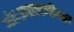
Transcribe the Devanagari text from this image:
अंतःप्रचालनीयता